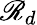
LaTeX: \mathscr{R}_{d}